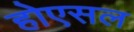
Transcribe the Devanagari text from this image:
होएसल